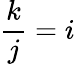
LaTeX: {\frac{k}{j}}=i